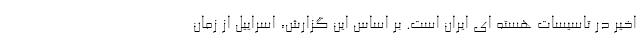
اخیر در تاسیسات هسته ای ایران است. بر اساس این گزارش، اسراییل از زمان